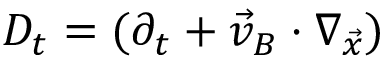
D _ { t } = ( \partial _ { t } + \vec { v } _ { B } \cdot \nabla _ { \vec { x } } )